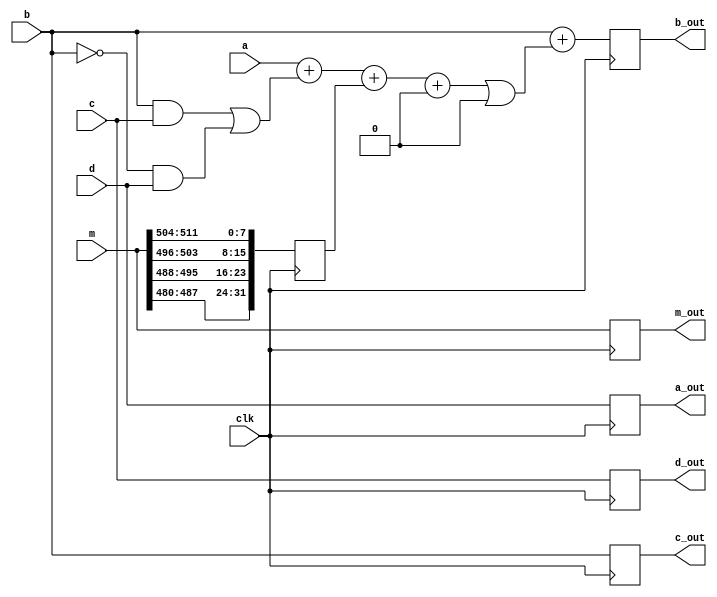
module hash_op(
    input wire clk,
    input wire [31:0] a, b, c, d,
    input wire [511:0] m,
    output reg [31:0] a_out, b_out, c_out, d_out,
    output reg [511:0] m_out
);

parameter index = 0;
parameter s = 0;
parameter k = 0;

// --------------------------
function [31:0] f; // Round 1

input [31:0] b, c, d;

begin
    f = (b & c) | ((~b) & d);
end
endfunction
// --------------------------
function [31:0] g; // Round 2

input [31:0] b, c, d;

begin
    g = (b & c) | (c & (~d));
end
endfunction
// --------------------------
function [31:0] h; // Round 3

input [31:0] b, c, d;

begin
    h = b ^ c ^ d;
end
endfunction
// --------------------------
function [31:0] i; // Round 4

input [31:0] b, c, d;

begin
    i = c ^ (b | (~d));
end
endfunction
// --------------------------
function [31:0] little_endian_32b;

input [31:0] in;

begin
    little_endian_32b = {in[0 +: 8], in[8 +: 8], in[16 +: 8], in[24 +: 8]};
end
endfunction
// --------------------------
function [31:0] big_endian_32b;

input [31:0] in;

begin
    big_endian_32b = {in[24 +: 8], in[16 +: 8], in[8 +: 8], in[0 +: 8]};
end
endfunction
// --------------------------

reg [31:0] debug;

always @(posedge clk)
begin
    if (index < 16) begin
        debug <= little_endian_32b(m[512 - 32 - 32*(index%16) +: 32]);
        b_out <= b + ((((a + f(b, c, d) + debug) + k) << s) | (((a + f(b, c, d) + debug) + k) >> (32 - s)));
    end
    else if (index < 32) begin
        debug <= little_endian_32b(m[512 - 32 - 32*((5*index + 1)%16) +: 32]);
        b_out <= b + ((((a + g(b, c, d) + debug) + k) << s) | (((a + g(b, c, d) + debug) + k) >> (32 - s)));
    end
    else if (index < 48) begin
        debug <= little_endian_32b(m[512 - 32 - 32*((3*index + 5)%16) +: 32]);
        b_out <= b + ((((a + h(b, c, d) + debug) + k) << s) | (((a + h(b, c, d) + debug) + k) >> (32 - s)));
    end
    else begin
        debug <= little_endian_32b(m[512 - 32 - 32*((7*index)%16) +: 32]);
        b_out <= b + ((((a + i(b, c, d) + debug) + k) << s) | (((a + i(b, c, d) + debug) + k) >> (32 - s)));
    end

    a_out <= d;
    c_out <= b;
    d_out <= c;
    m_out <= m;
end
endmodule